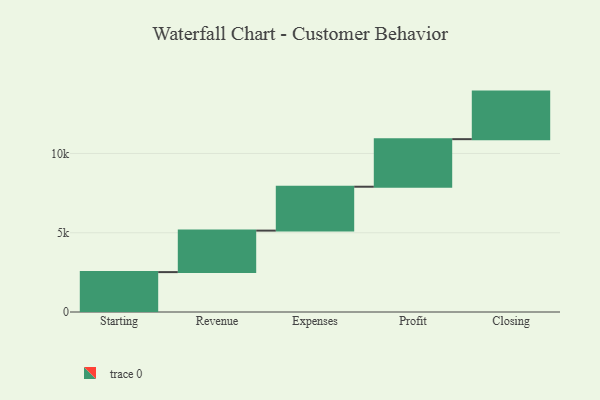
{"axis": {"x": "Step", "y": "Value"}, "legend": [""], "data": [{"x": "Starting", "y": 2516.0, "type": ""}, {"x": "Revenue", "y": 2618.0, "type": ""}, {"x": "Expenses", "y": 2769.0, "type": ""}, {"x": "Profit", "y": 3000, "type": ""}, {"x": "Closing", "y": 3000, "type": ""}]}